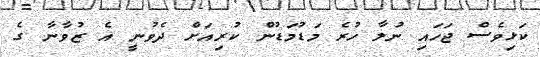
ކަޅިވެސް ޖަހައި ނުލާ ހުރެ މަޑުމަޑުން ކުރިއަށް ދެވުނީ އެ ޒުވާނާ ގެ